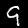
Digit: 9